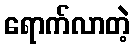
ရောက်လာတဲ့